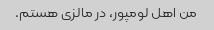
من اهل لومپور، در مالزی هستم.